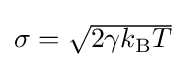
{\textstyle \sigma ={\sqrt {2\gamma k_{\text{B}}T}}}